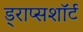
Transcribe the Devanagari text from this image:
ड्राप्सशॉर्ट